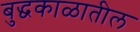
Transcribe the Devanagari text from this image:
बुद्धकाळातील